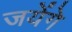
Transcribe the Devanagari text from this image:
जयेंगे